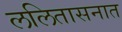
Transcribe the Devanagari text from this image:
ललितासनात